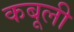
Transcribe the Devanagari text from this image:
कबूली